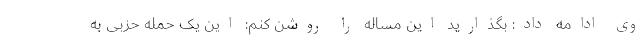
وی ادامه داد: بگذارید این مساله را روشن کنم: این یک حمله حزبی به